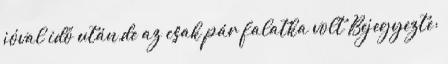
jóval idő után,de az csak pár falatka volt Bejegyezte: